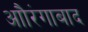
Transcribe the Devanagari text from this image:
आौरंगाबाद